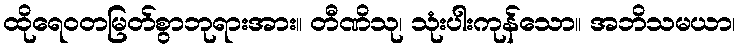
ထိုရေဝတမြတ်စွာဘုရားအား။ တီဏိသု၊ သုံးပါးကုန်သော။ အဘိသမယာ၊